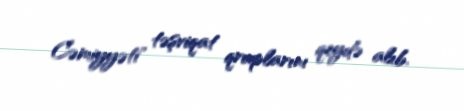
Cəmiyyəti" təşviqat qruplarını qeydə alıb.